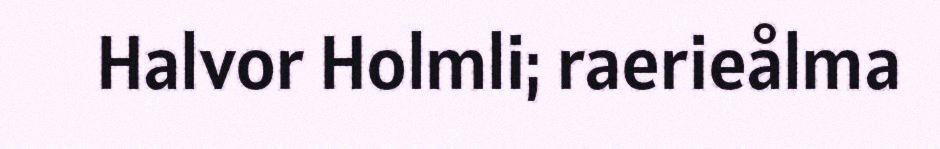
Halvor Holmli; raerieålma